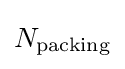
{\textstyle N_{\text{packing}}}